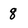
Character: 8